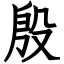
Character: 殷